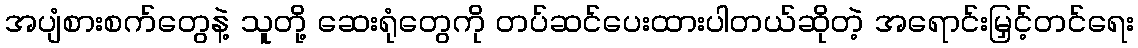
အပျံစားစက်တွေနဲ့ သူတို့ ဆေးရုံတွေကို တပ်ဆင်ပေးထားပါတယ်ဆိုတဲ့ အရောင်းမြှင့်တင်ရေး